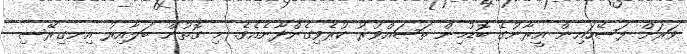
ވަރަށް ފަސޭހައިން އީރާނުގެ ބޮޑުމިން ތަޞައްވުރު ކުރެވިގެންދާނެއެވެ. މި ގޮތުން ބަލާއިރު އިނގިރޭސި